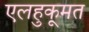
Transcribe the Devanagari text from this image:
एलहुकूमत